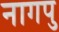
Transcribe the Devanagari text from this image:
नागपु